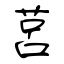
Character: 莒